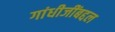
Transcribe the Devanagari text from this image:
गांधीजींबद्दल